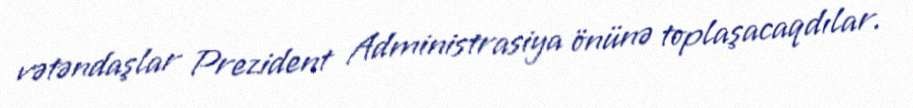
vətəndaşlar Prezident Administrasiya önünə toplaşacaqdılar.